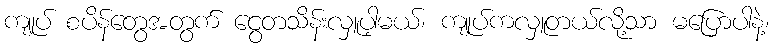
ကျုပ် စပိန်တွေအတွက် ငွေတသိန်းလှူပါ့မယ်၊ ကျုပ်ကလှူတယ်လို့သာ မပြောပါနဲ့၊